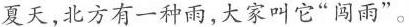
夏天，北方有一种雨，大家叫它“闯雨”。